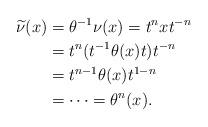
LaTeX: \begin{align*} \widetilde{\nu}(x)&=\theta^{-1}\nu(x)=t^nxt^{-n}\\&=t^n(t^{-1}\theta(x)t)t^{-n}\\&=t^{n-1}\theta(x)t^{1-n}\\&=\cdots=\theta^n(x).\end{align*}